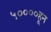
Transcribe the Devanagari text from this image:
५००००हून